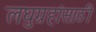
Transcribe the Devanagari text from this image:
लघुग्रहांसाठी